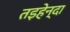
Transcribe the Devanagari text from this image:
तइहेन्दा